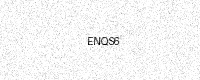
Text: ENQS6